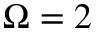
\Omega = 2